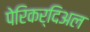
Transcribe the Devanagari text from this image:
पेरिकर्दिअल